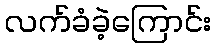
လက်ခံခဲ့ကြောင်း